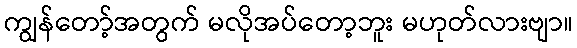
ကျွန်တော့်အတွက် မလိုအပ်တော့ဘူး မဟုတ်လားဗျာ။